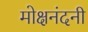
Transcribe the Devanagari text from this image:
मोक्षनंदनी